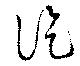
訖